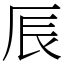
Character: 𠩐